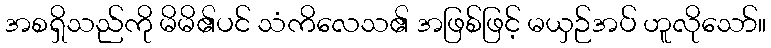
အစရှိသည်ကို မိမိ၏ပင် သံကိလေသ၏ အဖြစ်ဖြင့် မယှဉ်အပ် ဟူလိုသော်။